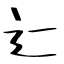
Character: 辷